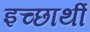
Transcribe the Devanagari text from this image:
इच्छार्थी